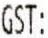
GST: